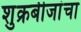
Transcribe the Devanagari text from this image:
शुक्रबीजांचा